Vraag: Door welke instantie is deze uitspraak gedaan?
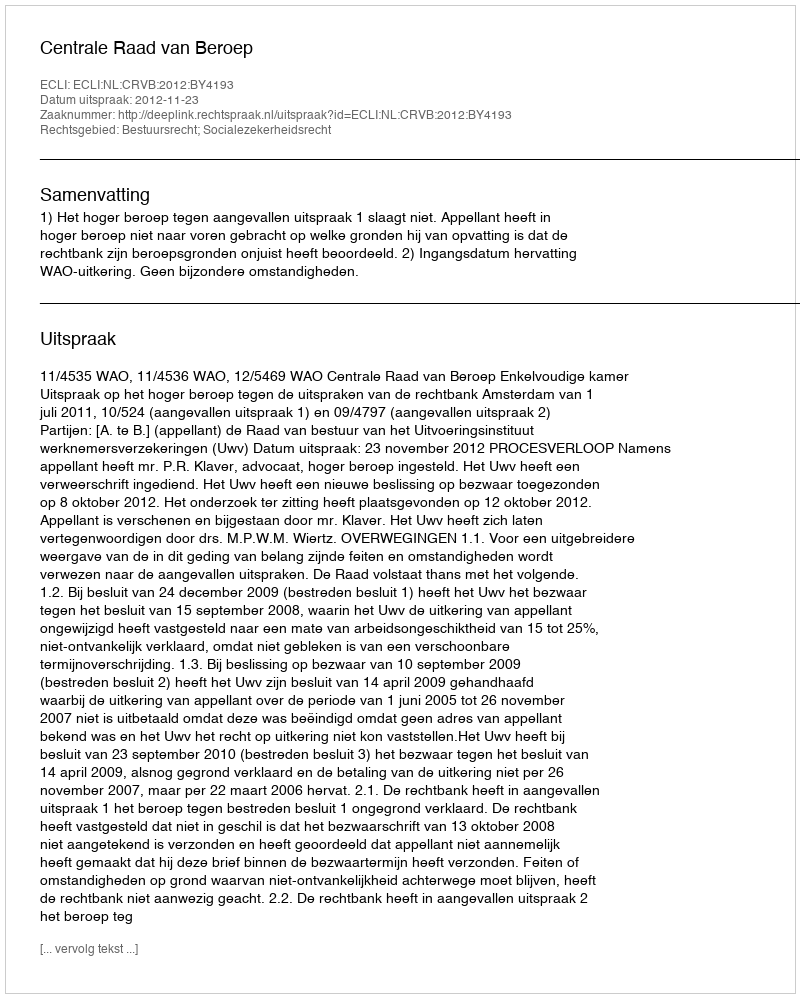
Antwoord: Centrale Raad van Beroep